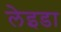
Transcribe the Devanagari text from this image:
लेइडा